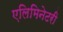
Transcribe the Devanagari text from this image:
एलिमिनेटरी